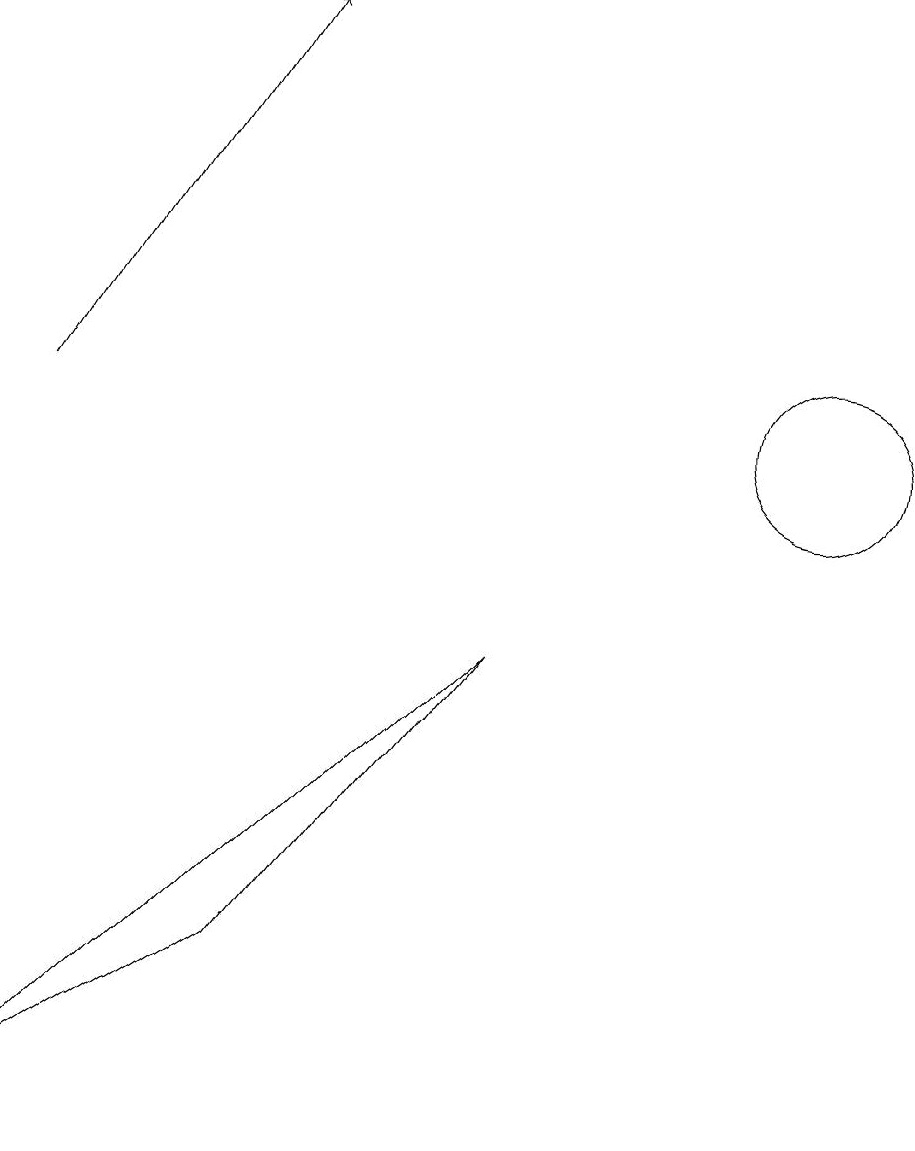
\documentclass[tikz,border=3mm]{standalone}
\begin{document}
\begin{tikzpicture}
\draw (7,8) -- (4,4) -- (1,2) -- cycle;
\draw (11,11) circle (1);
\draw (11,11) circle (0);
\draw (10,12) circle (0);
\draw[->] (1,11) -- (4,16);
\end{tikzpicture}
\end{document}